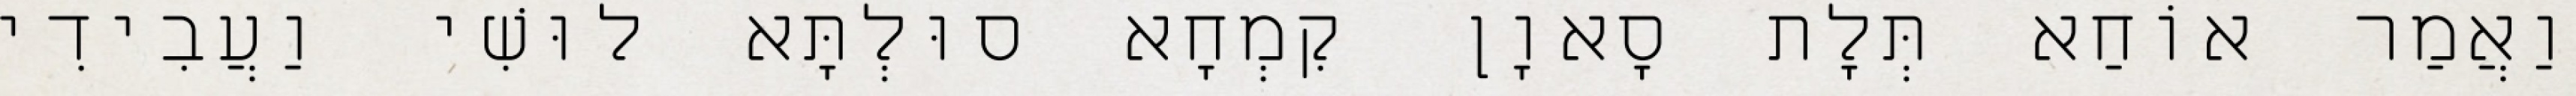
וַאֲמַר אוֹחַא תְּלָת סָאוָן קִמְחָא סוּלְתָּא לוּשִׁי וַעֲבִידִי